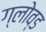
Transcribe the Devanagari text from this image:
ग्लोव्ड